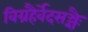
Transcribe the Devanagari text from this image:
विग्रहैर्वेदसञ्ज्ञैः